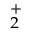
^ { + } _ { 2 }